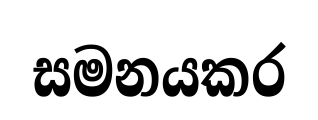
සමනයකර